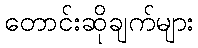
တောင်းဆိုချက်များ